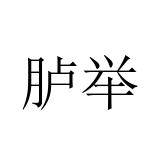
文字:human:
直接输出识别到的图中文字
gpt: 胪举